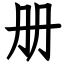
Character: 册